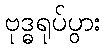
ဗုဒ္ဓရုပ်ပွား